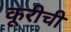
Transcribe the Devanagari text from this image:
कूरीची